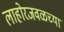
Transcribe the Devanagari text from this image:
लाहोरजवळच्या